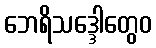
ဘေရိသဒ္ဒေါတွေဝ